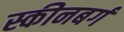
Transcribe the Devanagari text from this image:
स्कीनबर्ग